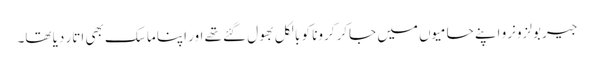
جیر بولزونرو اپنے حامیوں میں جاکر کرونا کو بالکل بھول گئے تھے اور اپنا ماسک بھی اتار دیا تھا۔